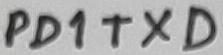
Text: PD1TXD